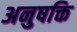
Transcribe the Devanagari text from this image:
अनुषक्ति